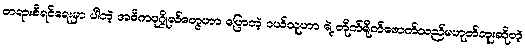
တရားစီရင်ရေးမှာ ပါတဲ့ အဓိကပုဂ္ဂိုလ်တွေဟာ ပြောတဲ့ ဝယ်သူဟာ ရဲ့ တိုက်ရိုက်ဖောက်သည်မဟုတ်ဘူးဆိုတဲ့